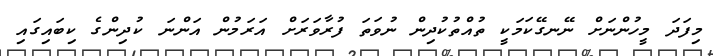
މިފަދަ މީހުންނަށް ނޭނގޭކަމަކީ ތުއްތުކުދިން ނުވަތަ ފުރާވަރަށް އަރަމުން އަންނަ ކުދިންގެ ކިބައިގައި